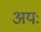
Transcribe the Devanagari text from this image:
अयः